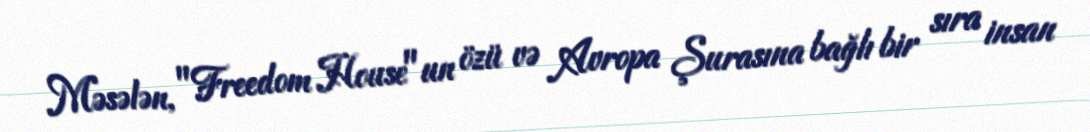
Məsələn, "Freedom House"un özü və Avropa Şurasına bağlı bir sıra insan